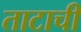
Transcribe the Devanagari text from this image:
ताटाची